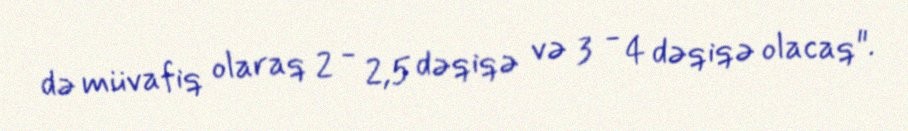
də müvafiq olaraq 2 - 2,5 dəqiqə və 3 - 4 dəqiqə olacaq".